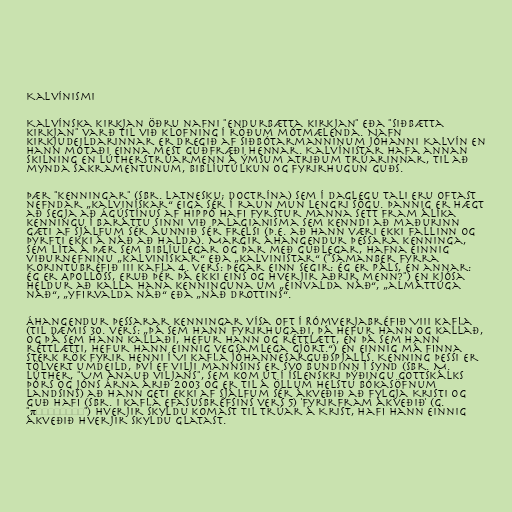
Kalvínismi

Kalvínska kirkjan öðru nafni "endurbætta kirkjan" eða "siðbætta
kirkjan" varð til við klofning í röðum mótmælenda. Nafn
kirkjudeildarinnar er dregið af siðbótarmanninum Jóhanni Kalvín en
hann mótaði einna mest guðfræði hennar. Kalvínistar hafa annan
skilning en Lútherstrúarmenn á ýmsum atriðum trúarinnar, til að
mynda sakramentunum, biblíutúlkun og fyrirhugun Guðs.

Þær "kenningar" (sbr. latnesku; doctrína) sem í daglegu tali eru oftast
nefndar „kalvinískar“ eiga sér í raun mun lengri sögu. Þannig er hægt
að segja að Ágústínus af Hippó hafi fyrstur manna sett fram álíka
kenningu í baráttu sinni við palagianisma sem kenndi að maðurinn
gæti af sjálfum sér áunnið sér frelsi (þ.e. að hann væri ekki fallinn og
þyrfti ekki á náð að halda). Margir áhangendur þessara kenninga,
sem líta á þær sem Biblíulegar og þar með guðlegar, hafna einnig
viðurnefninu „kalvinískar“ eða „kalvinistar“ ("samanber fyrra
Korintubréfið III kafla 4. vers: Þegar einn segir: Ég er Páls, en annar:
Ég er Apollóss, eruð þér þá ekki eins og hverjir aðrir menn?") en kjósa
heldur að kalla hana kenninguna um „einvalda náð“, „almáttuga
náð“, „yfirvalda náð“ eða „náð drottins“.

Áhangendur þessarar kenningar vísa oft í Rómverjabréfið VIII kafla
(til dæmis 30. vers: „Þá sem hann fyrirhugaði, þá hefur hann og kallað,
og þá sem hann kallaði, hefur hann og réttlætt, en þá sem hann
réttlætti, hefur hann einnig vegsamlega gjört.“) en einnig má finna
sterk rök fyrir henni í VI kafla Jóhannesarguðspjalls. Kenning þessi er
tölvert umdeild, því ef vilji mannsins er svo bundinn í synd (sbr. M.
Lúther, "Um ánauð viljans", sem kom út í íslenskri þýðingu Gottskálks
Þórs og Jóns Árna árið 2003 og er til á öllum helstu bókasöfnum
landsins) að hann geti ekki af sjálfum sér ákveðið að fylgja Kristi og
Guð hafi (sbr. I kafla Efasusbréfsins vers 5) 'fyrirfram ákveðið' (g.
"προορίσας") hverjir skyldu komast til trúar á Krist, hafi Hann einnig
ákveðið hverjir skyldu glatast.